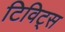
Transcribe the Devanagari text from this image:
टिविट्स